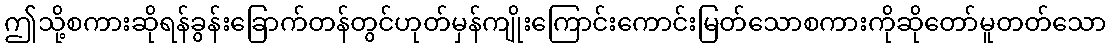
ဤသို့စကားဆိုရန်ခွန်းခြောက်တန်တွင်ဟုတ်မှန်ကျိုးကြောင်းကောင်းမြတ်သောစကားကိုဆိုတော်မူတတ်သော